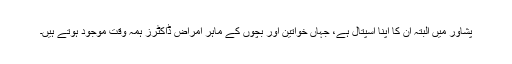
پشاور میں البتہ ان کا اپنا اسپتال ہے، جہاں خواتین اور بچوں کے ماہرِ امراض ڈاکٹرز ہمہ وقت موجود ہوتے ہیں۔